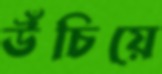
উঁচিয়ে